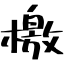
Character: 檄